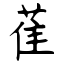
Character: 萑